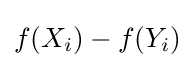
f(X_{i})-f(Y_{i})